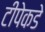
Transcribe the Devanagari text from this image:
टीपेकडे